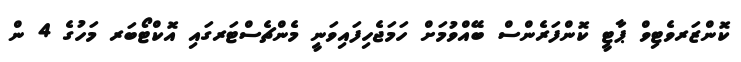
ކޮންޒަރވެޓިވް ޕާޓީ ކޮންފަރެންސް ބޭއްވުމަށް ހަމަޖެހިފައިވަނީ މެންޗެސްޓަރގައި އޮކްޓޯބަރ މަހުގެ 4 ން